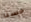
حسنا